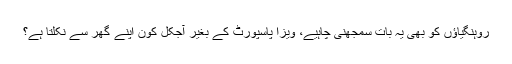
روہنگیاؤں کو بھی یہ بات سمجھنی چاہیے، ویزا پاسپورٹ کے بغیر آجکل کون اپنے گھر سے نکلتا ہے؟